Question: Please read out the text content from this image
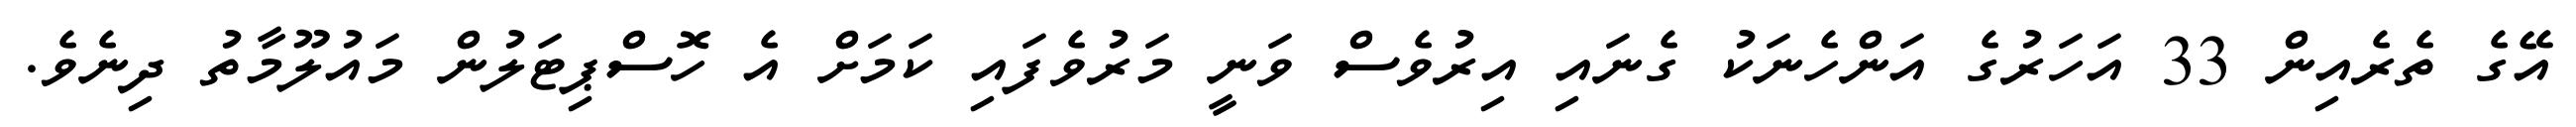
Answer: އޭގެ ތެރެއިން 33 އަހަރުގެ އަންހެނަކު ގެނައި އިރުވެސް ވަނީ މަރުވެފައި ކަމަށް އެ ހޮސްޕިޓަލުން މައުލޫމާތު ދިނެވެ.